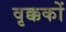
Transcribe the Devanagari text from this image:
वृक्ककों